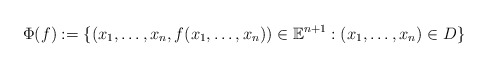
\begin{align*}\Phi(f):=\{(x_1,\ldots,x_n,f(x_1,\ldots,x_n))\in {\mathbb E}^{n+1}: (x_1,\ldots,x_n)\in D\}\end{align*}